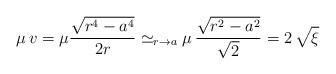
LaTeX: \begin{align*}\mu \, v = \mu \frac{\sqrt{r^4-a^4}}{2r} \simeq_{r\to a} \mu\,\frac{\sqrt{r^2-a^2}}{\sqrt{2}}= 2\,\sqrt{\xi}\end{align*}